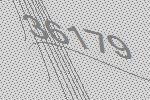
36179